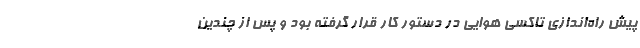
پیش راه‌اندازی تاکسی هوایی در دستور کار قرار گرفته بود و پس از چندین